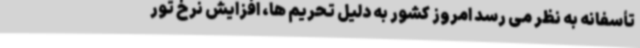
تأسفانه به نظر می رسد امروز کشور به دلیل تحریم ها، افزایش نرخ تور